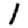
Digit: 1